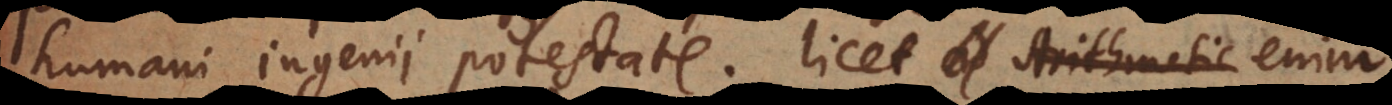
humani ingenii potestate; licet ad Arithmetic